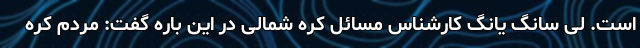
است. لی سانگ یانگ کارشناس مسائل کره شمالی در این باره گفت: مردم کره